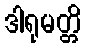
ဒါရုမတ္တိ